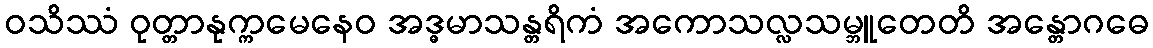
ဝသိဿံ ဝုတ္တာနုက္ကမေနေဝ အဒ္ဓမာသန္တရိကံ အကောသလ္လသမ္ဘူတေတိ အန္တောဂဓေ